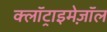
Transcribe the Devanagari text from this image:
क्लॉट्राइमेज़ॉल